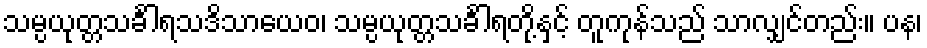
သမ္ပယုတ္တသင်္ခါရသဒိသာယေဝ၊ သမ္ပယုတ္တသင်္ခါရတို့နှင့် တူကုန်သည် သာလျှင်တည်း။ ပန၊